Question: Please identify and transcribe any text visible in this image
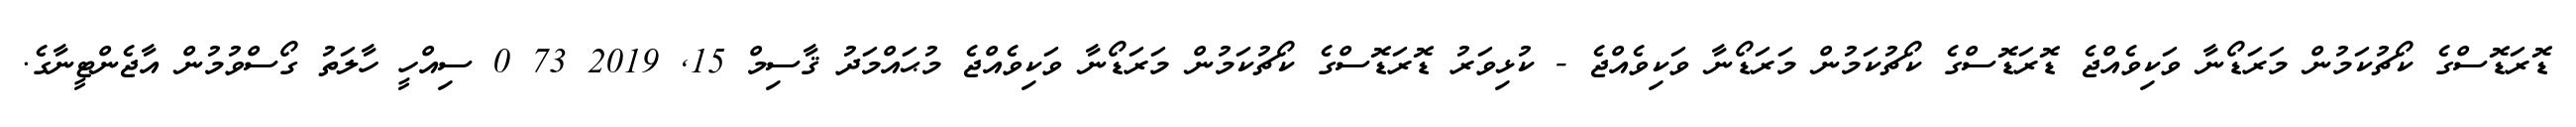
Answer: ޑޮރަޑޮސްގެ ކޯޗުކަމުން މަރަޑޯނާ ވަކިވެއްޖެ ޑޮރަޑޮސްގެ ކޯޗުކަމުން މަރަޑޯނާ ވަކިވެއްޖެ - ކުޅިވަރު ޑޮރަޑޮސްގެ ކޯޗުކަމުން މަރަޑޯނާ ވަކިވެއްޖެ މުޙައްމަދު ޤާސިމް 15, 2019 73 0 ސިއްހީ ހާލަތު ގޯސްވުމުން އާޖެންޓީނާގެ.